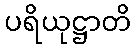
ပရိယုဋ္ဌာတိ